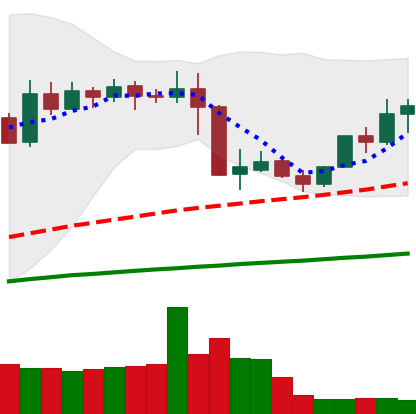
Ticker: XMR-USD
Chart end date: 2019-05-04
Forward return: -4.58%
Label: down_3_5